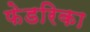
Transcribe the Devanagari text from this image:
फेडरिका